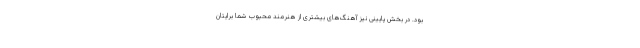
بود. در بخش‌ پایینی نیز آهنگ‌های بیشتری از هنرمند محبوب شما برایتان